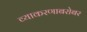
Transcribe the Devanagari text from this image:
व्याकरणाबरोबर